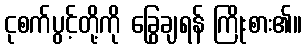
ငုစက်ပွင့်တို့ကို ခြွေချရန် ကြိုးစား၏။